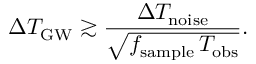
\Delta T _ { \mathrm { G W } } \gtrsim \frac { \Delta T _ { \mathrm { n o i s e } } } { \sqrt { f _ { \mathrm { s a m p l e } } \, T _ { \mathrm { o b s } } } } .